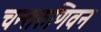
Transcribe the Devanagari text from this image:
चन्तरुणिवन